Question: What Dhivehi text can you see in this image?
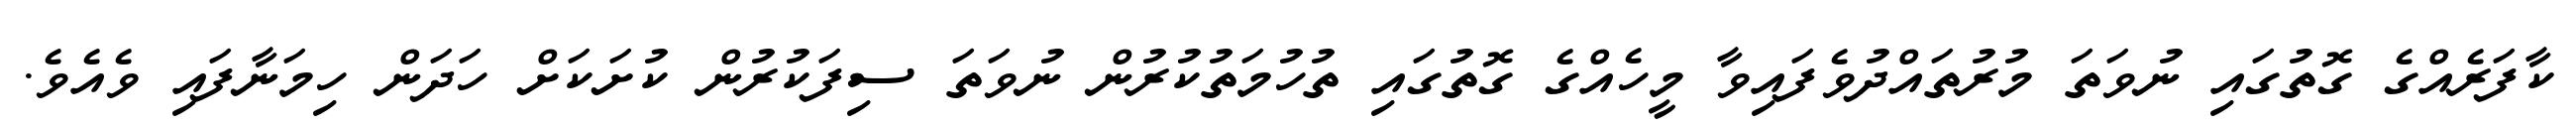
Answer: ކާފަރެއްގެ ގޮތުގައި ނުވަތަ މުރުތައްދުވެފައިވާ މީހެއްގެ ގޮތުގައި ތުހުމަތުކުރުން ނުވަތަ ސިފަކުރުން ކުށަކަށް ހަދަން ހިމަނާފައި ވެއެވެ.